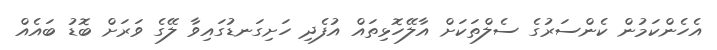
އެހެންކަމުން ކެންސަރުގެ ސެލްތަކަށް އާލޭހޮޅިތައް އުފެދި ހަށިގަނޑުގައިވާ ލޭގެ ވަރަށް ބޮޑު ބައެއް